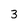
Character: 3